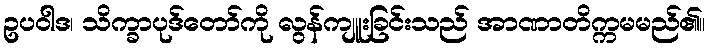
ဥပဝါဒ၊ သိက္ခာပုဒ်တော်ကို လွန်ကျူးခြင်းသည် အာဏာတိက္ကမမည်၏။